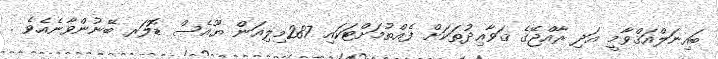
ބައިނަލްއަޤްވާމީ އަދި ރާއްޖޭގެ ޤަވާޢިދުތަކަށް ފެއްތުމަށްޓަކައި 287މިލިއަން ޔޫއެސް ޑޮލަރ ބޭނުންވާނެއެވެ .